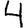
Digit: 4